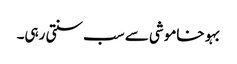
بہو خاموشی سے سب سنتی رہی۔